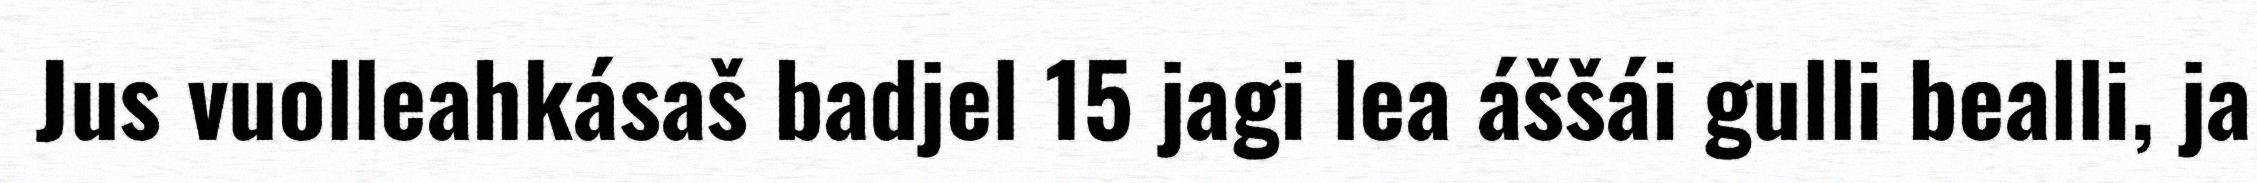
Jus vuolleahkásaš badjel 15 jagi lea áššái gulli bealli, ja